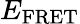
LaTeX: E_{\mathrm{FRET}}